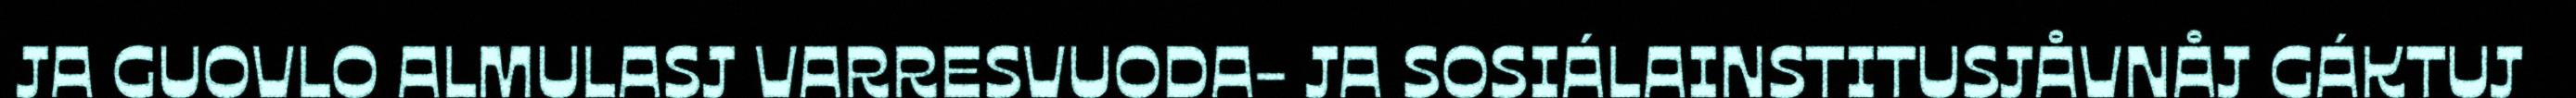
JA GUOVLO ALMULASJ VARRESVUODA- JA SOSIÁLAINSTITUSJÅVNÅJ GÁKTUJ